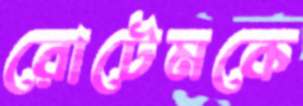
রোটেমকে